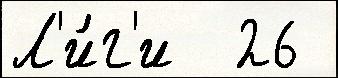
Л'и́г'и  26